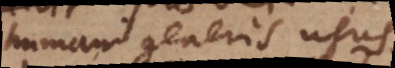
humani generis usus